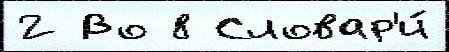
2 Во 8 Словар'и́